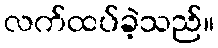
လက်ထပ်ခဲ့သည်။